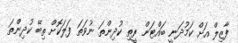
ފާޒިލް އަށް ކަމުދަނީ ބައްޓަން ރީތި ކުދިންތަ ނުވަތަ ފަލަކޮށް ތިބޭ ކުދިންތަ